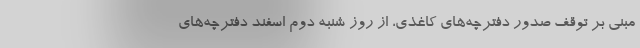
مبنی بر توقف صدور دفترچه‌های کاغذی، از روز شنبه دوم اسفند دفترچه‌های